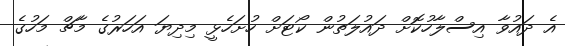
އެ ދައުވާ އިސްލާހުކޮށް ދައުލަތުން ކޯޓަށް ހުށަހެޅީ މިދިޔަ އަހަރުގެ މާޗް މަހުގެ